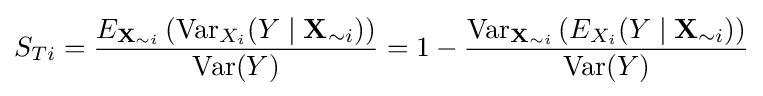
S_{Ti}={\frac {E_{{\textbf {X}}_{\sim i}}\left(\operatorname {Var} _{X_{i}}(Y\mid \mathbf {X} _{\sim i})\right)}{\operatorname {Var} (Y)}}=1-{\frac {\operatorname {Var} _{{\textbf {X}}_{\sim i}}\left(E_{X_{i}}(Y\mid \mathbf {X} _{\sim i})\right)}{\operatorname {Var} (Y)}}